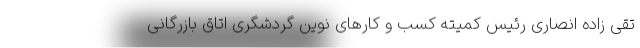
تقی زاده انصاری رئیس کمیته کسب و کارهای نوین گردشگری اتاق بازرگانی